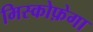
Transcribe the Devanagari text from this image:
मिस्कोफ़ेगा